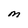
Character: M